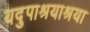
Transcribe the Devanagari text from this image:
यदुपाश्रयाश्रया